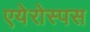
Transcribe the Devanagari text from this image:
एयेरोस्पस